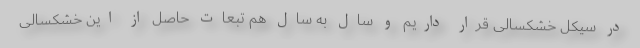
در سیکل خشکسالی قرار داریم و سال به سال هم تبعات حاصل از این خشکسالی